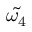
\tilde { \omega _ { 4 } }